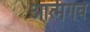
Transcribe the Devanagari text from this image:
आत्मगर्व